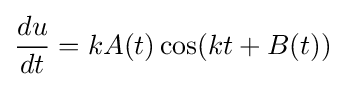
{\frac {du}{dt}}=kA(t)\cos(kt+B(t))